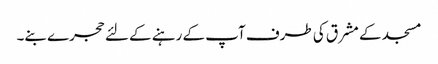
مسجد کے مشرق کی طرف آپ کے رہنے کے لئے حجرے بنے۔